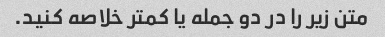
متن زیر را در دو جمله یا کمتر خلاصه کنید.